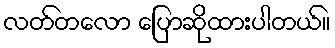
လတ်တလော ပြောဆိုထားပါတယ်။